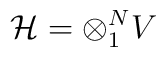
{\cal H}  = \otimes _1^N   V